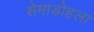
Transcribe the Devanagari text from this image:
सेमाडोहला